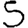
Digit: 5